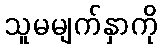
သူမမျက်နှာကို